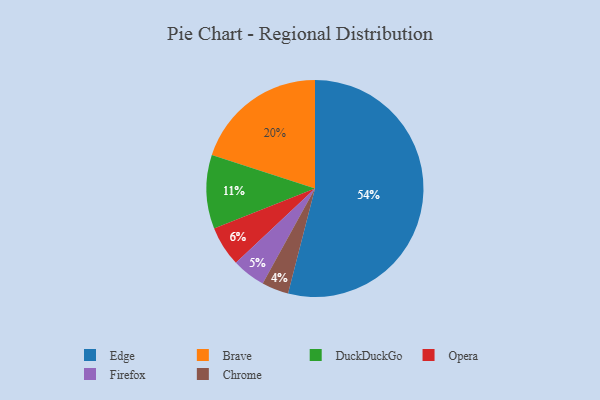
{"axis": {"x": "Category", "y": "Percentage"}, "legend": ["Brave", "Chrome", "DuckDuckGo", "Edge", "Firefox", "Opera"], "data": [{"x": "Brave", "y": 20, "type": "Brave"}, {"x": "DuckDuckGo", "y": 11, "type": "DuckDuckGo"}, {"x": "Edge", "y": 54, "type": "Edge"}, {"x": "Opera", "y": 6, "type": "Opera"}, {"x": "Chrome", "y": 4, "type": "Chrome"}, {"x": "Firefox", "y": 5, "type": "Firefox"}]}